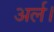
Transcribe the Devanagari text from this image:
अर्ल।